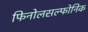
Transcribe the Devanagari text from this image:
फिनोलसल्फोनिक